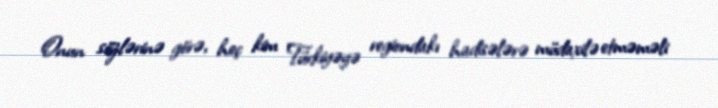
Onun sözlərinə görə, heç kim Türkiyəyə regiondakı hadisələrə müdaxilə etməməli